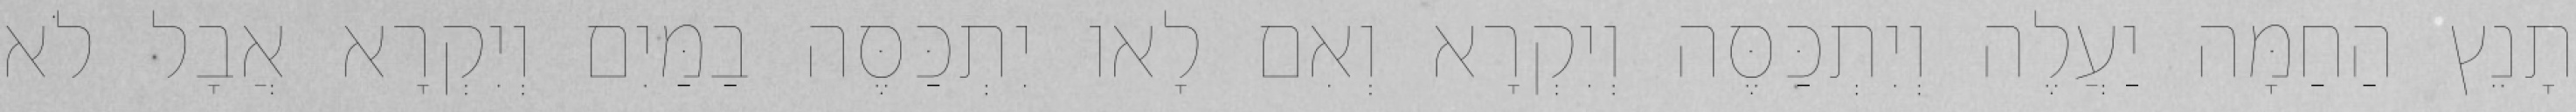
תָנֵץ הַחַמָּה יַעֲלֶה וְיִתְכַּסֶּה וְיִקְרָא וְאִם לָאו יִתְכַּסֶּה בַמַּיִם וְיִקְרָא אֲבָל לֹא